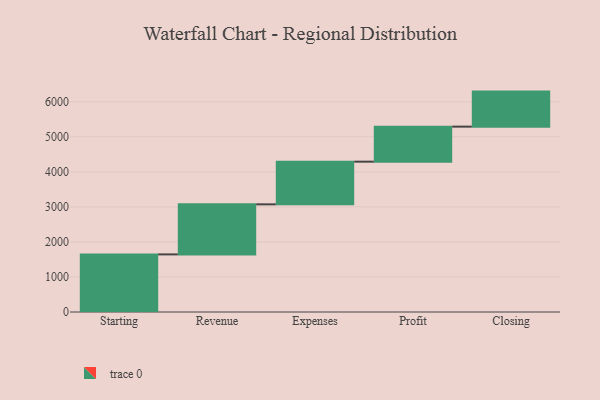
{"axis": {"x": "Step", "y": "Value"}, "legend": [""], "data": [{"x": "Starting", "y": 1644.0, "type": ""}, {"x": "Revenue", "y": 1429.0, "type": ""}, {"x": "Expenses", "y": 1218.0, "type": ""}, {"x": "Profit", "y": 1000, "type": ""}, {"x": "Closing", "y": 1000, "type": ""}]}